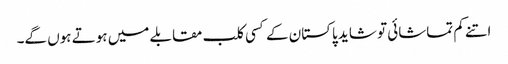
اتنے کم تماشائی تو شاید پاکستان کے کسی کلب مقابلے میں ہوتے ہوں گے۔